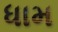
ધામ